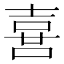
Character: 𠺇